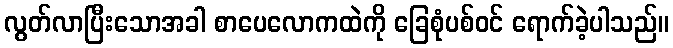
လွတ်လာပြီးသောအခါ စာပေလောကထဲကို ခြေစုံပစ်ဝင် ရောက်ခဲ့ပါသည်။